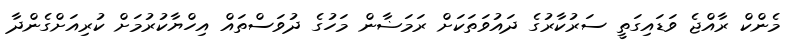
މެންކް ރާއްޖެ ވަޑައިގަތީ ސަރުކާރުގެ ދައުވަތަކަށް ރަމަޟާން މަހުގެ ދުވަސްތައް އިހްޔާކުރުމަށް ކުރިއަށްގެންދާ